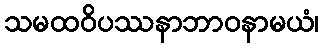
သမထဝိပဿနာဘာဝနာမယံ၊